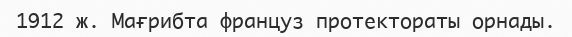
1912 ж. Мағрибта француз протектораты орнады.